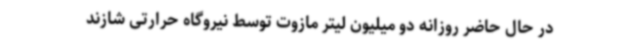
در حال حاضر روزانه دو میلیون لیتر مازوت توسط نیروگاه حرارتی شازند